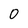
Character: 0